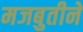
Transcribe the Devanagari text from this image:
मजबुतीने